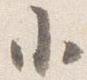
小